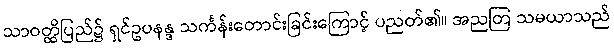
သာဝတ္ထိပြည်၌ ရှင်ဥပနန္ဒ သင်္ကန်းတောင်းခြင်းကြောင့် ပညတ်၏။ အညတြ သမယာသည်